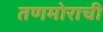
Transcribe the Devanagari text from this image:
तणमोराची